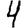
Digit: 4